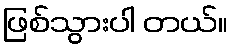
ဖြစ်သွားပါ တယ်။